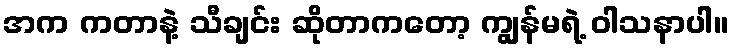
အက ကတာနဲ့ သီချင်း ဆိုတာကတော့ ကျွန်မရဲ့ ဝါသနာပါ။